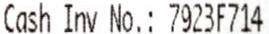
CASH INV NO.: 7923F714